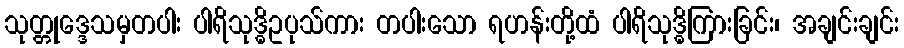
သုတ္တုဒ္ဒေသမှတပါး ပါရိသုဒ္ဓိဥပုသ်ကား တပါးသော ရဟန်းတို့ထံ ပါရိသုဒ္ဓိကြားခြင်း၊ အချင်းချင်း